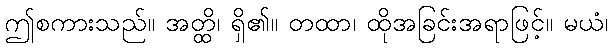
ဤစကားသည်။ အတ္ထိ၊ ရှိ၏။ တထာ၊ ထိုအခြင်းအရာဖြင့်။ မယံ၊